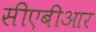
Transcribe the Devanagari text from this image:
सीएबीआर